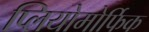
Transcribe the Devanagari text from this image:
प्लियोमोर्फिक